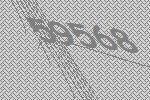
59568